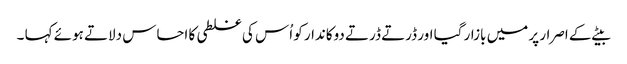
بیٹے کے اصرار پر میں بازار گیا اور ڈرتے ڈرتے دوکاندار کو اُس کی غلطی کا احساس دلاتے ہوئے کہا ۔